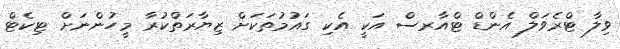
ވިލާ ޓްރެވަލް އެންޑް ޓްއާރސް އަކީ އެކި ގައުމުތަކަށް ޒިޔާރަތްކުރާ މީހުންނަށް ޓިކެޓް